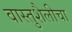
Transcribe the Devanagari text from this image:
वास्तुशैलीचा